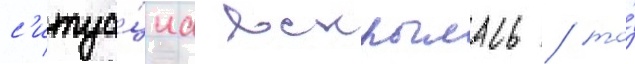
с'итуа́циа вскрылась / то́